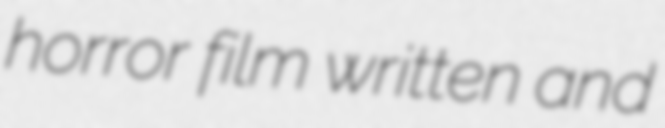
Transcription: horror film written and